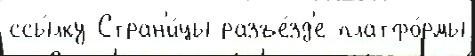
ссы́лку Стран'и́цы разъе́зд'е платфо́рмы